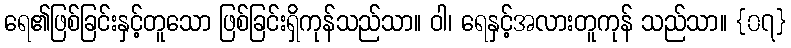
ရေ၏ဖြစ်ခြင်းနှင့်တူသော ဖြစ်ခြင်းရှိကုန်သည်သာ။ ဝါ၊ ရေနှင့်အလားတူကုန် သည်သာ။ {၀၇}